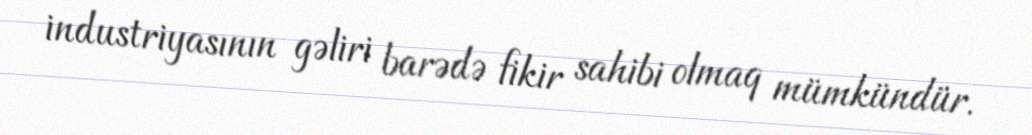
industriyasının gəliri barədə fikir sahibi olmaq mümkündür.